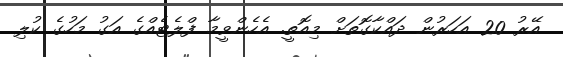
އޭރު 20 އަހަރުން ދައްކާގޮތަށް މިއޮތީ. އެހެންވީމާ ފްލެޓެއްގެ އަގު މަހުގެ ކުލި